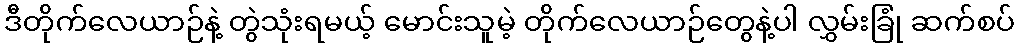
ဒီတိုက်လေယာဉ်နဲ့ တွဲသုံးရမယ့် မောင်းသူမဲ့ တိုက်လေယာဉ်တွေနဲ့ပါ လွှမ်းခြုံ ဆက်စပ်